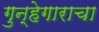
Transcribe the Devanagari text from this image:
गुन्हेगाराचा